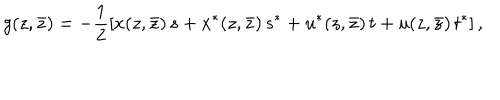
LaTeX: g ( z , \bar { z } ) = - \frac { 1 } { 2 } \left[ x ( z , \bar { z } ) \, s + x ^ { * } ( z , \bar { z } ) \, s ^ { * } + u ^ { * } ( z , \bar { z } ) \, t + u ( z , \bar { z } ) \, t ^ { * } \right] ,